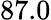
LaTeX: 87.0